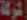
شركة